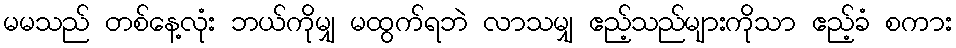
မမသည် တစ်နေ့လုံး ဘယ်ကိုမျှ မထွက်ရဘဲ လာသမျှ ဧည့်သည်များကိုသာ ဧည့်ခံ စကား